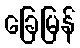
ခြေမြန်